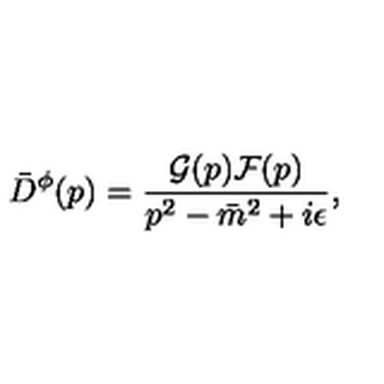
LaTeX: { \bar { D } } ^ { \phi } ( p ) = \frac { { \cal G } ( p ) { \cal F } ( p ) } { p ^ { 2 } - { \bar { m } } ^ { 2 } + i \epsilon } ,